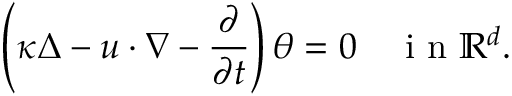
\left( \kappa \Delta - u \cdot \nabla - \frac { \partial } { \partial t } \right) \theta = 0 \quad \textrm { i n } \mathbb { R } ^ { d } .